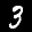
Label: 3